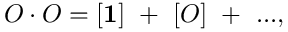
O \cdot O = [ { \bf 1 } ] ~ + ~ [ O ] ~ + ~ . . . ,